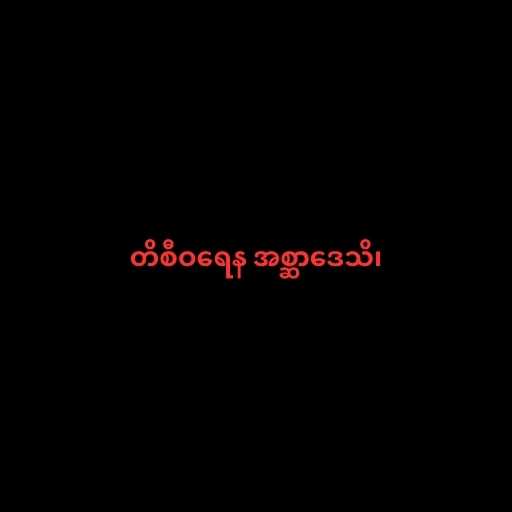
တိစီဝရေန အစ္ဆာဒေသိ၊